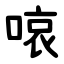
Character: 㗒